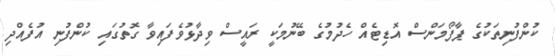
ކުންފުނިތަކުގެ ޕާފޯމަންސް އޮޑިޓެއް ހެދުމުގެ ބޭނުމަކީ ރައީސް ވިދާޅުވެފައިވާ ގޮތުގައި ކުންފުނި އުފެއްދި